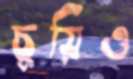
চুয়িও